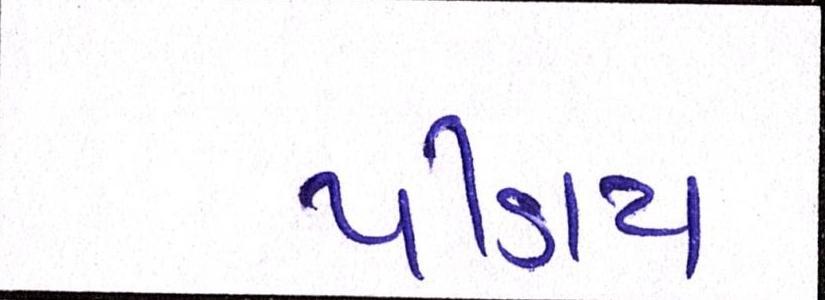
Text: પીડાય